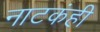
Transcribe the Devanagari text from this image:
नाटकंही